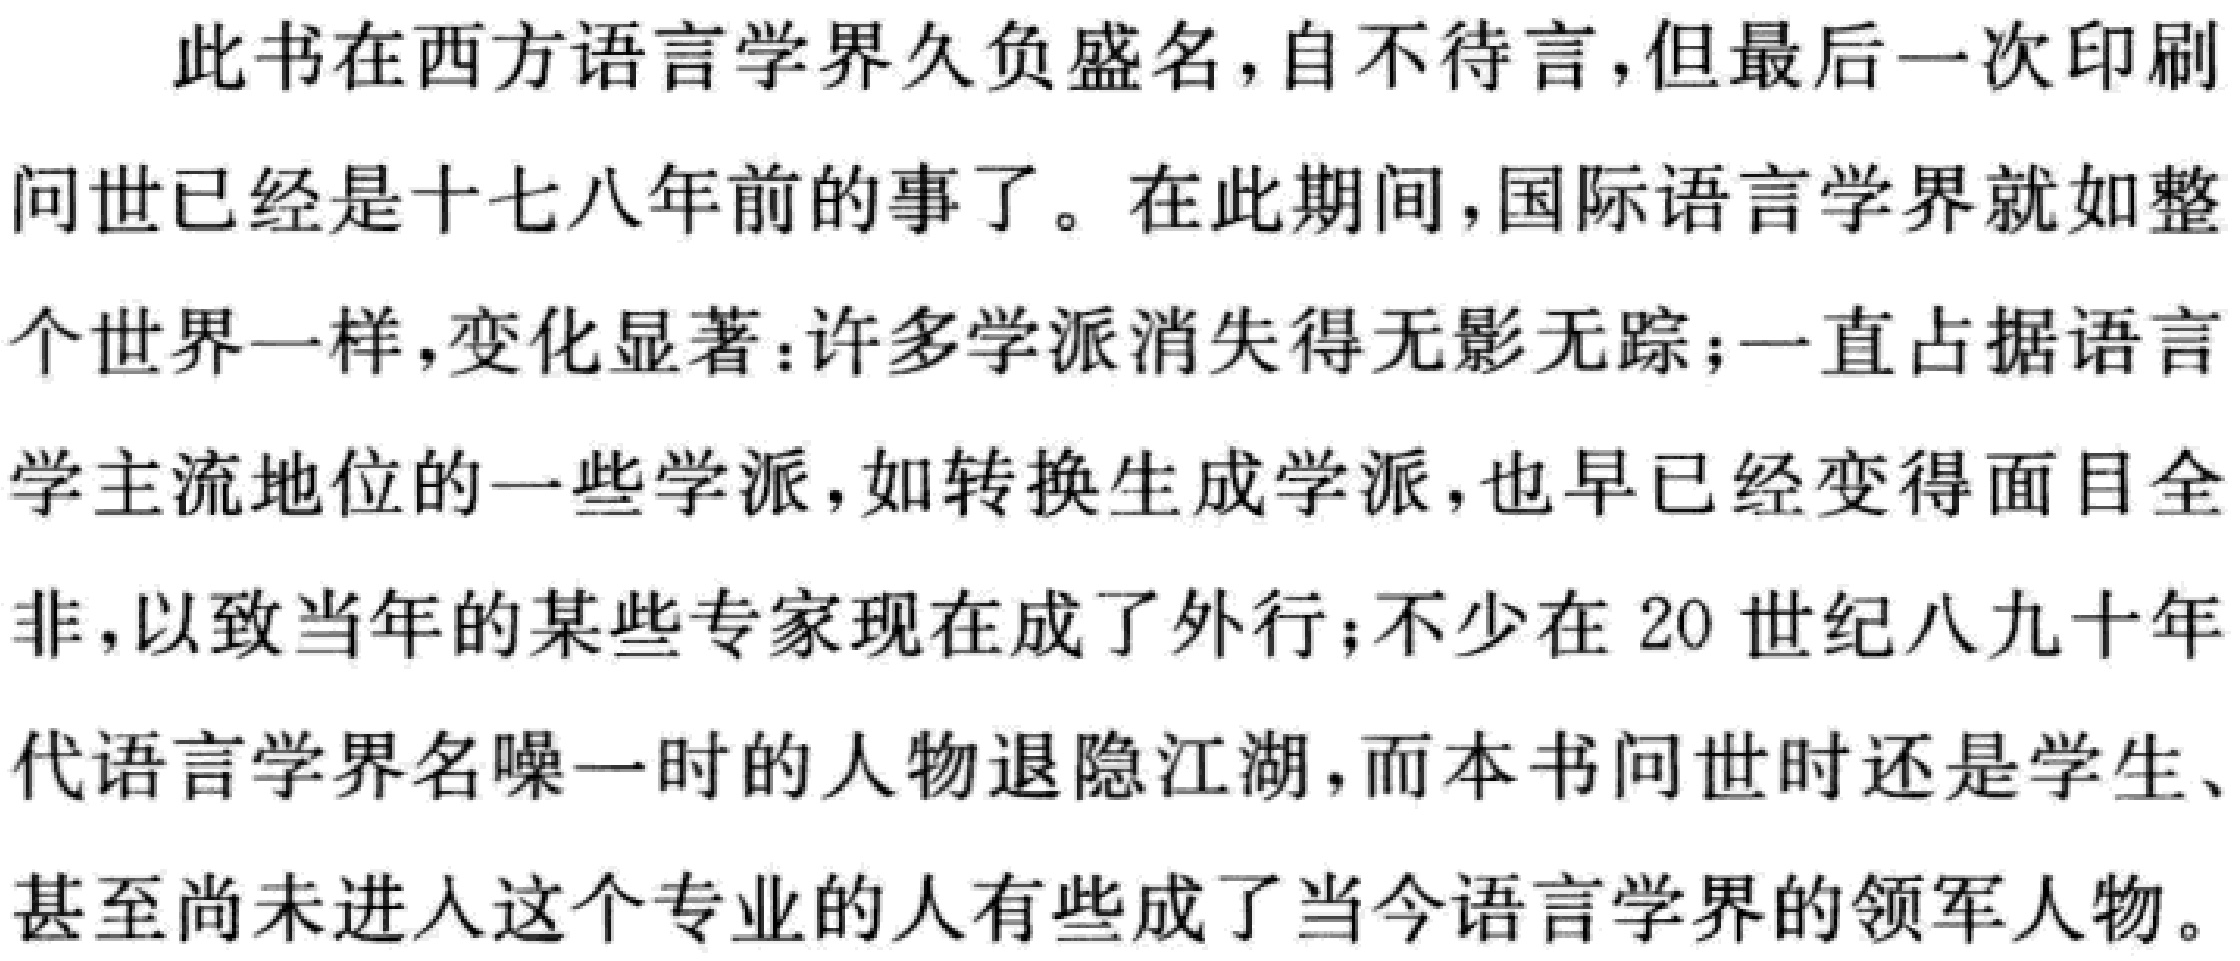
此书在西方语言学界久负盛名，自不待言，但最后一次印刷

问世已经是十七八年前的事了。在此期间，国际语言学界就如整

个世界一样，变化显著：许多学派消失得无影无踪；一直占据语言

学主流地位的一些学派，如转换生成学派，也早已经变得面目全

非，以致当年的某些专家现在成了外行；不少在 20 世纪八九十年

代语言学界名噪一时的人物退隐江湖，而本书问世时还是学生、

甚至尚未进人这个专业的人有些成了当今语言学界的领军人物。